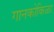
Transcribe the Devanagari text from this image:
गानकोकिळा